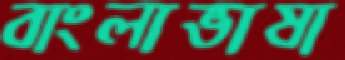
বাংলাভাষা